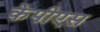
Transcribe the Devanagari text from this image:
केपीएस